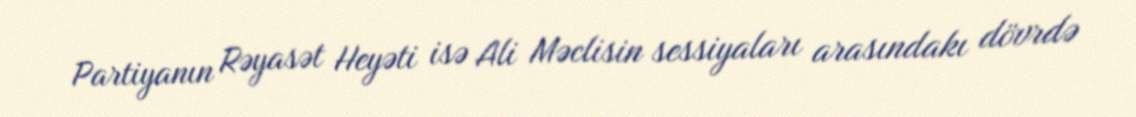
Partiyanın Rəyasət Heyəti isə Ali Məclisin sessiyaları arasındakı dövrdə